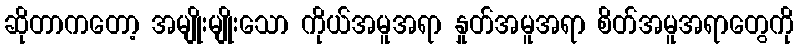
ဆိုတာကတော့ အမျိုးမျိုးသော ကိုယ်အမူအရာ နှုတ်အမူအရာ စိတ်အမူအရာတွေကို